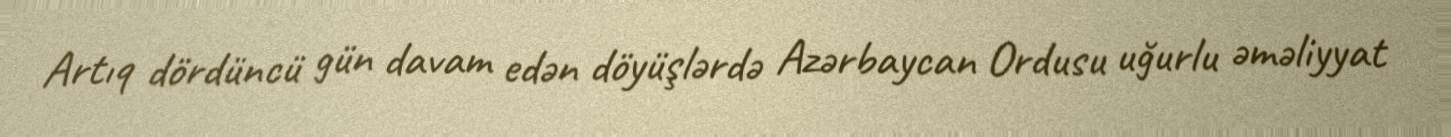
Artıq dördüncü gün davam edən döyüşlərdə Azərbaycan Ordusu uğurlu əməliyyat